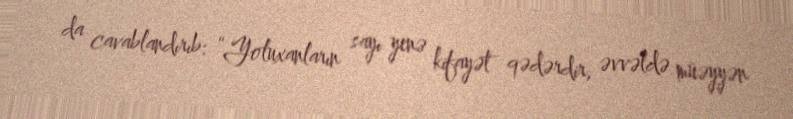
da cavablandırıb: “Yoluxanların sayı yenə kifayət qədərdir, əvvəldə müəyyən